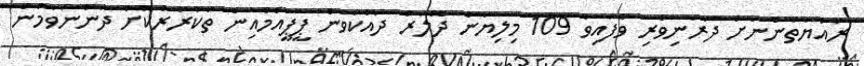
ރައްޔަތުންނަށް ދަރަނިވެރި ވެފައިވާ 109 މިިލިޔަން ދޮލަރު ދައްކަވަން ޕީޕީއެމްއިން ތަކުރާރުކޮށް ދަންނަވަމުން